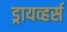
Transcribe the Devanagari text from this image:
ड्रायव्हर्स